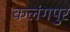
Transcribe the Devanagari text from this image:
कलंगपुर